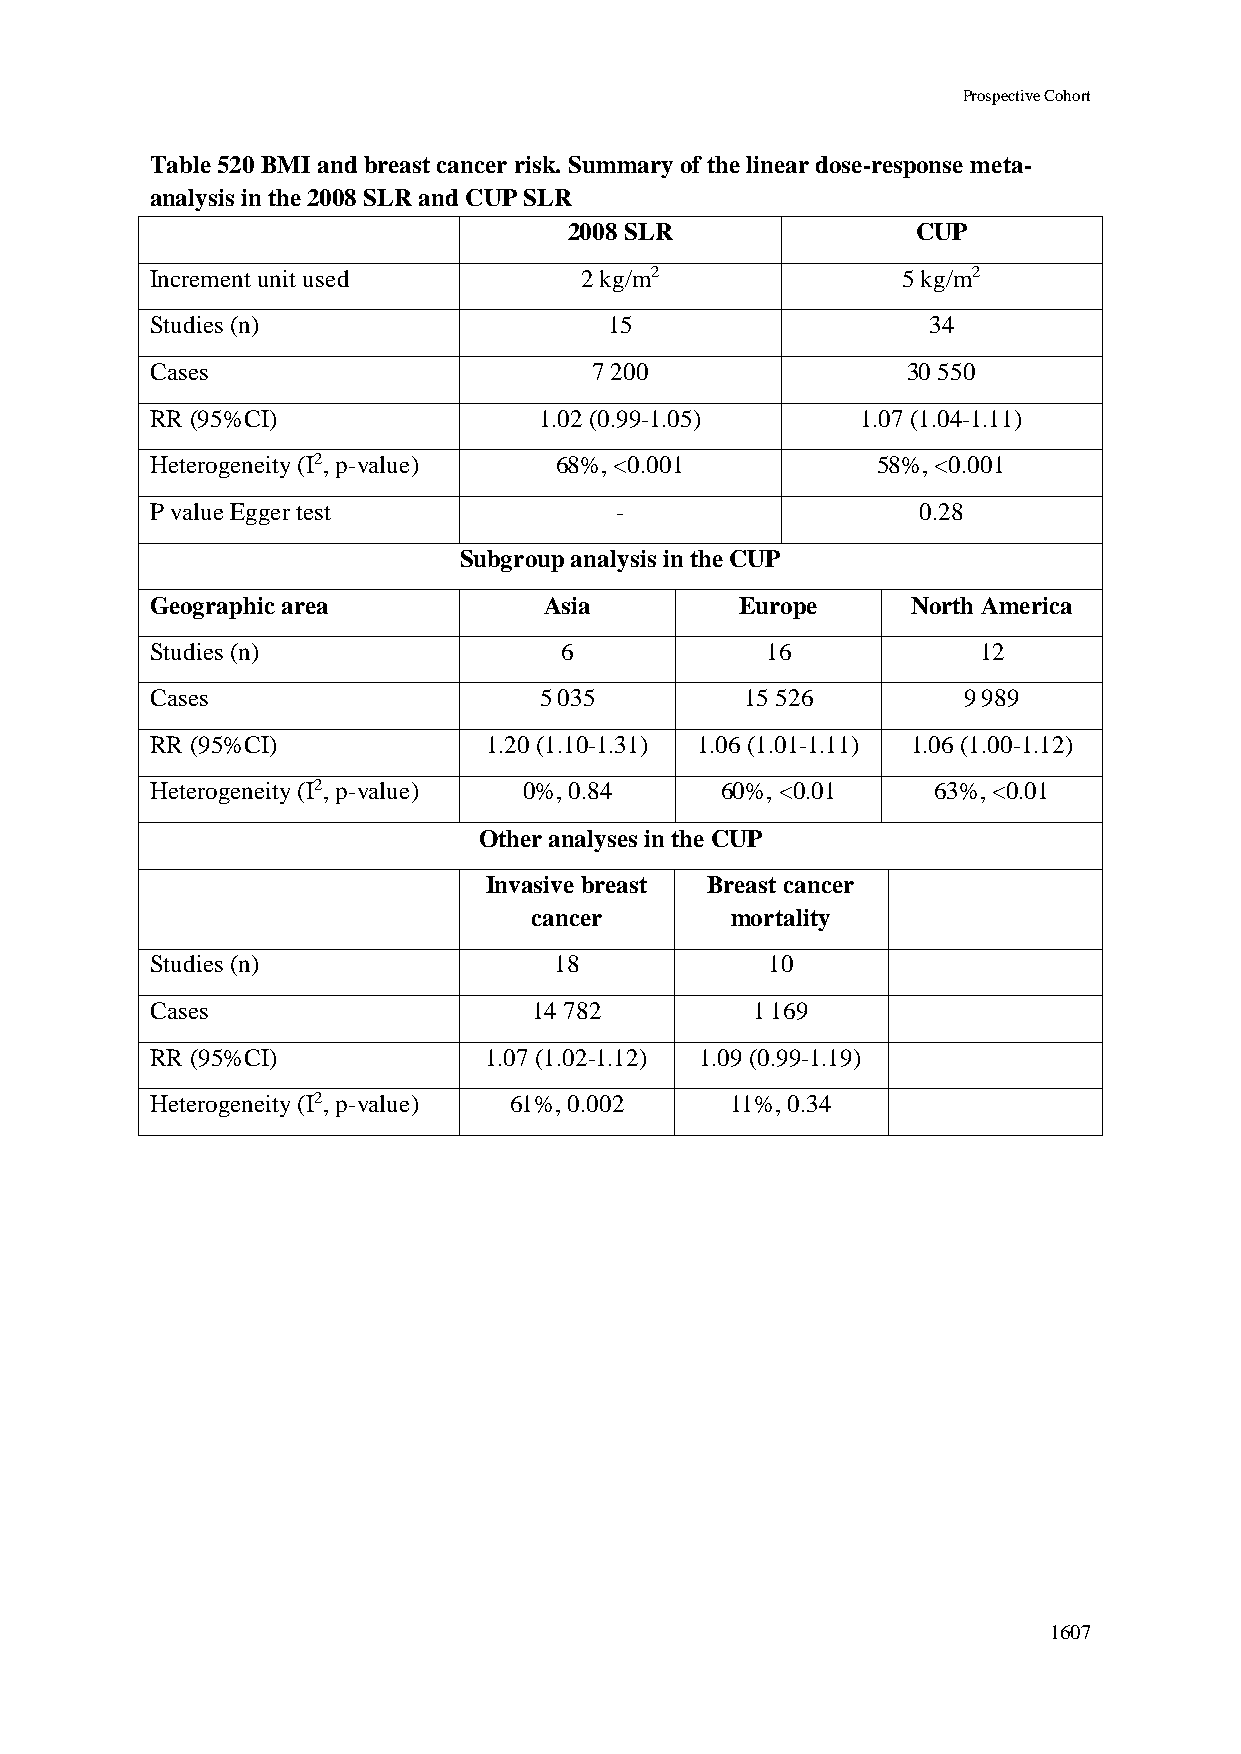
Prospective Cohort
 Table 520 BMI and breast cancer risk. Summary of the linear dose-response meta-
 analysis in the 2008 SLR and CUP SLR
 2008 SLR               CUP
 Increment unit used         2 kg/m2               5 kg/m2
 Studies (n)                   15                   34
 Cases                        7 200                30 550
 RR (95%CI)                1.02 (0.99-1.05)     1.07 (1.04-1.11)
 Heterogeneity (I2, p-value) 68%, <0.001         58%, <0.001
 P value Egger test             -                   0.28
 Subgroup analysis in the CUP
 Geographic area           Asia         Europe     North America
 Studies (n)                6             16            12
 Cases                     5 035        15 526         9 989
 RR (95%CI)            1.20 (1.10-1.31) 1.06 (1.01-1.11) 1.06 (1.00-1.12)
 Heterogeneity (I2, p-value) 0%, 0.84  60%, <0.01    63%, <0.01
 Other analyses in the CUP
 Invasive breast Breast cancer
 cancer       mortality
 Studies (n)                18            10
 Cases                    14 782         1 169
 RR (95%CI)            1.07 (1.02-1.12) 1.09 (0.99-1.19)
 Heterogeneity (I2, p-value) 61%, 0.002 11%, 0.34
 1607